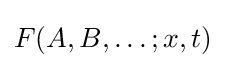
F(A,B,\ldots ;x,t)